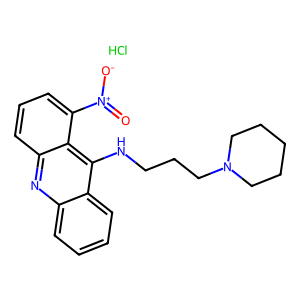
SMILES: Cl.O=[N+]([O-])c1cccc2nc3ccccc3c(NCCCN3CCCCC3)c12
Inhibits HIV replication: No